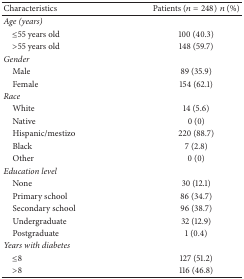
<table><thead><tr><td><b>Characteristics</b></td><td><b>Patients (<i>n</i> = 248)<i>n</i> (%)</b></td></tr></thead><tbody><tr><td colspan="2"><i>Age (years)</i></td></tr><tr><td> ≤55 years old</td><td>100 (40.3)</td></tr><tr><td> &gt;55 years old</td><td>148 (59.7)</td></tr><tr><td colspan="2"><i>Gender</i></td></tr><tr><td> Male</td><td>89 (35.9)</td></tr><tr><td> Female</td><td>154 (62.1)</td></tr><tr><td colspan="2"><i>Race</i></td></tr><tr><td> White</td><td>14 (5.6)</td></tr><tr><td> Native</td><td>0 (0)</td></tr><tr><td> Hispanic/mestizo</td><td>220 (88.7)</td></tr><tr><td> Black</td><td>7 (2.8)</td></tr><tr><td> Other</td><td>0 (0)</td></tr><tr><td colspan="2"><i>Education level</i></td></tr><tr><td> None</td><td>30 (12.1)</td></tr><tr><td> Primary school</td><td>86 (34.7)</td></tr><tr><td> Secondary school</td><td>96 (38.7)</td></tr><tr><td> Undergraduate</td><td>32 (12.9)</td></tr><tr><td> Postgraduate</td><td>1 (0.4)</td></tr><tr><td colspan="2"><i>Years with diabetes</i></td></tr><tr><td> ≤8</td><td>127 (51.2)</td></tr><tr><td> &gt;8</td><td>116 (46.8)</td></tr></tbody></table>